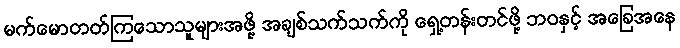
မက်မောတတ်ကြသောသူများအဖို့ အချစ်သက်သက်ကို ရှေ့တန်းတင်ဖို့ ဘဝနှင့် အခြေအနေ